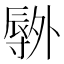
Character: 𫯕